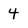
Character: 4